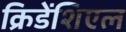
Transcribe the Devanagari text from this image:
क्रिडेंशिएल